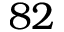
8 2